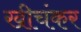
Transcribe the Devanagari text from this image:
खीचंकर